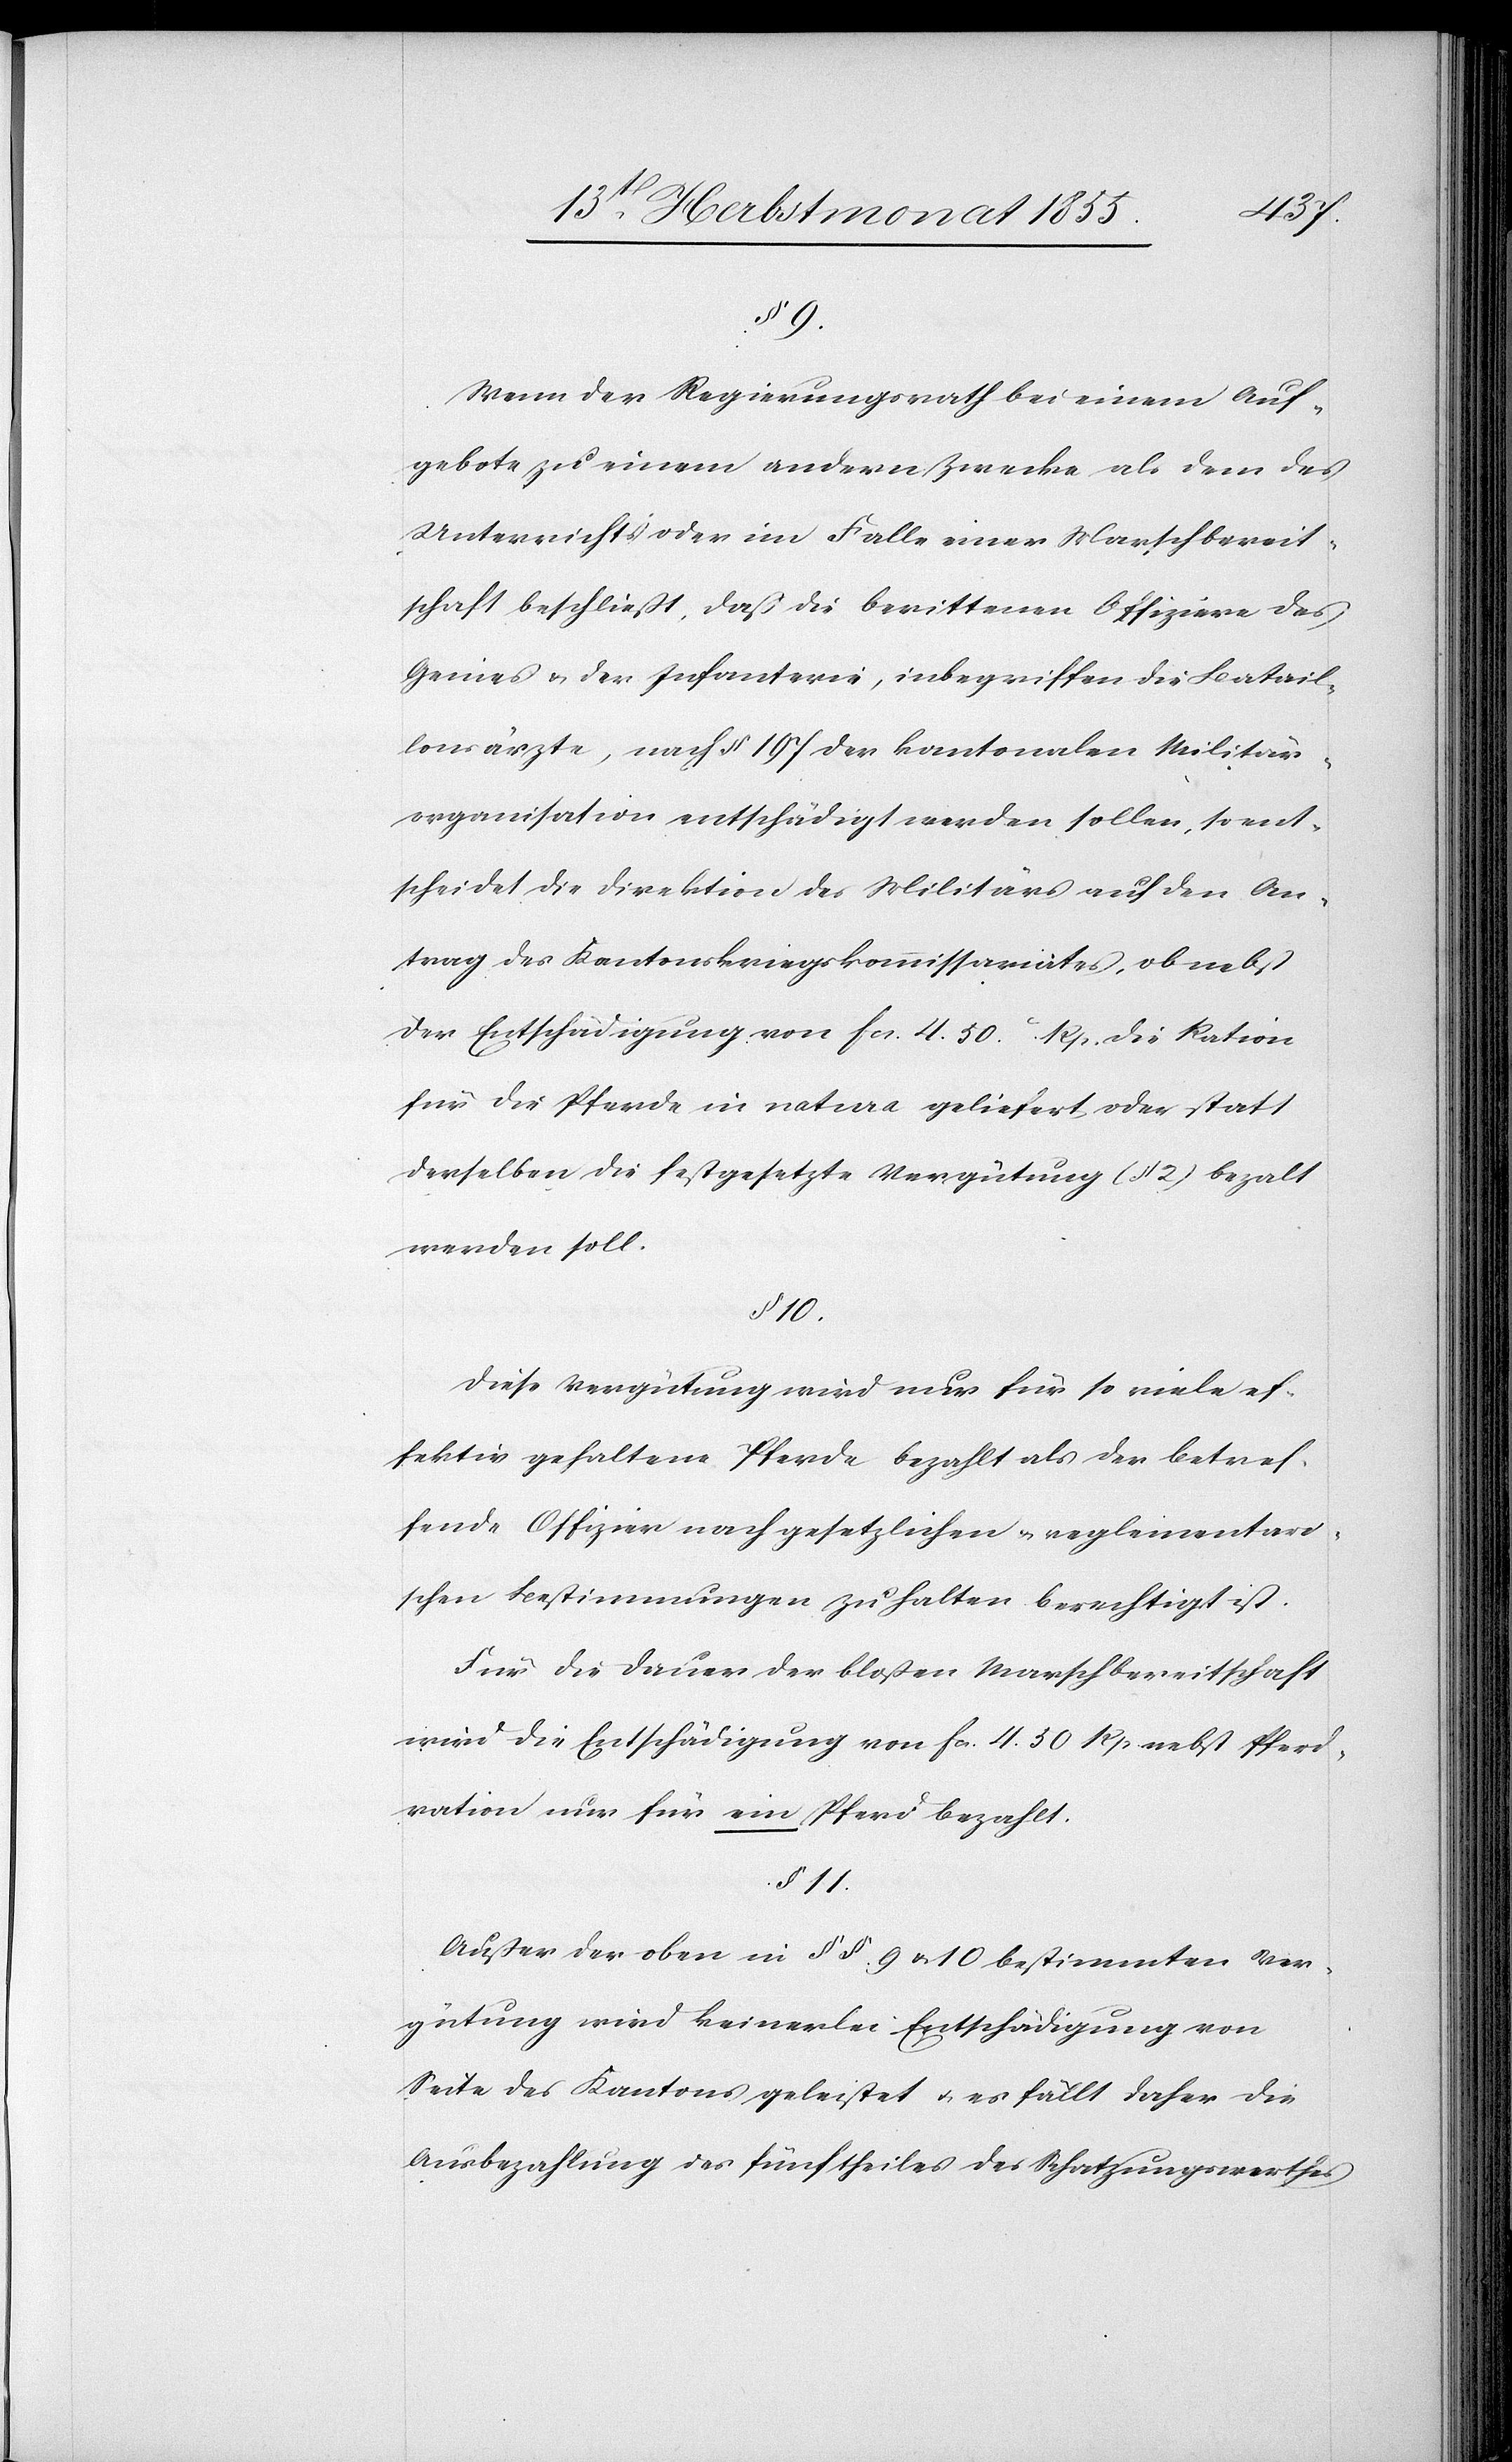
§ 9.
Wenn der Regierungsrath bei einem Auf¬
gebote zu einem andern Zwecke als dem des
Unterrichts oder im Falle einer Marschbereit¬
schaft beschließt, daß die berittenen Offiziere des
Genies & der Infanterie, inbegriffen die Batail¬
lonsärzte, nach § 197 der kantonalen Militär¬
organisation entschädigt werden sollen, so ent¬
scheidet die Direktion des Militärs auf den An¬
trag des Kantonskriegskommissariates, ob nebst
der Entschädigung von Fcs. 4. 50. Rp. die Ration
für die Pferde in natura geliefert, oder statt
derselben die festgesetzte Vergütung (§ 2) bezalt
werden soll.
§ 10.
Diese Vergütung wird nur für so viele ef¬
fektiv gehaltene Pferde bezahlt als der betref¬
fende Offizier nach gesetzlichen & reglementari¬
schen Bestimmungen zu halten berechtigt ist.
Für die Dauer der bloßen Marschbereitschaft
wird die Entschädigung von Fcs. 4. 50 Rp nebst Pferd¬
ration nur für ein Pferd bezahlt.
§ 11.
Außer der oben in §§. 9 & 10 bestimmten Ver¬
gütung wird keinerlei Entschädigung von
Seite des Kantons geleistet & es fällt daher die
Ausbezahlung des fünftheiles [sic!] des Schatzungswerthes